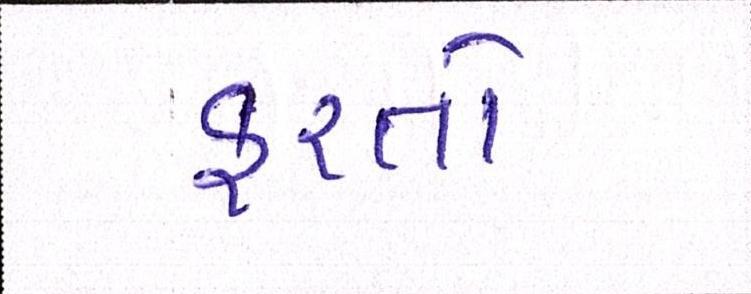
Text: ફરતો